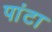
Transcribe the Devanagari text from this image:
पांटा